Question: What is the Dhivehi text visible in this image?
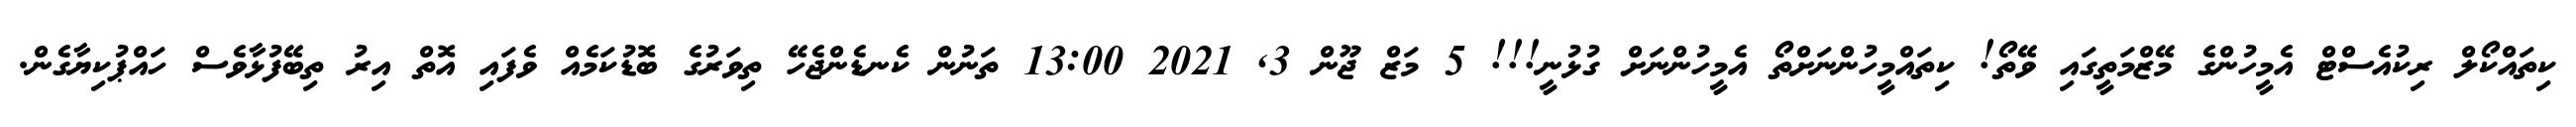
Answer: ކިތައްކޯލް ރިކުއެސްޓް އެމީހުންގެ މޭޒްމަތީގައި ވޭތޯ! ކިތައްމީހުންނަށްތޯ އެމީހުންނަށް ގުޅުނީ!!! 5 މަޒް ޖޫން 3, 2021 13:00 ތަނުން ކެނޑެންޖެހޭ ތިވަރުގެ ބޮޑުކަމެއް ވެފައި އޮތް އިރު ތިބޭފުޅާވެސް ހައްޕުކިޔާގެން.